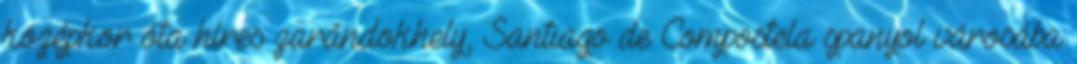
középkor óta híres zarándokhely, Santiago de Compostela spanyol városába